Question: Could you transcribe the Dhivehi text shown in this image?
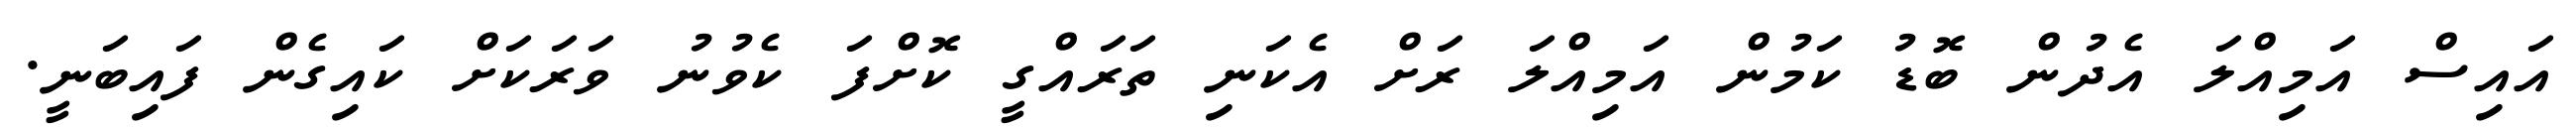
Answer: އައިސް އަމިއްލަ އެދުން ބޮޑު ކަމުން އަމިއްލަ ރަށް އެކަނި ތަރައްގީ ކޮށްފަ ކެވުނު ވަރަކަށް ކައިގެން ފައިބަނީ.